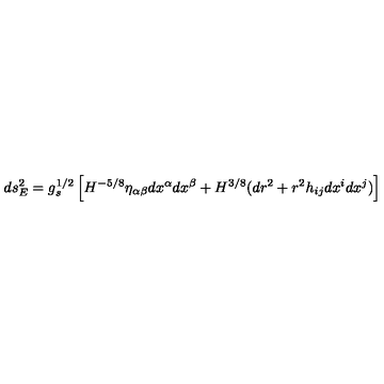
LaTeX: d s _ { E } ^ { 2 } = g _ { s } ^ { 1 / 2 } \left[ H ^ { - 5 / 8 } \eta _ { \alpha \beta } d x ^ { \alpha } d x ^ { \beta } + H ^ { 3 / 8 } ( d r ^ { 2 } + r ^ { 2 } h _ { i j } d x ^ { i } d x ^ { j } ) \right]